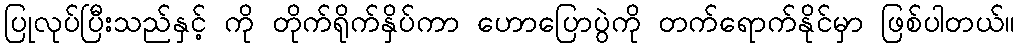
ပြုလုပ်ပြီးသည်နှင့် ကို တိုက်ရိုက်နှိပ်ကာ ဟောပြောပွဲကို တက်ရောက်နိုင်မှာ ဖြစ်ပါတယ်။